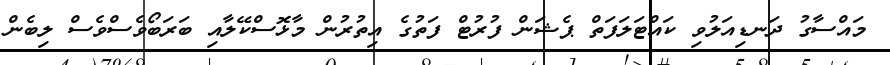
މައްސާގު ދަނޑިއަލުވި ކައްޓަލަފަތް ޕެޝަން ފުރުޓް ފަތުގެ އިތުރުން މާޅޮސްކޭލާއި ބަރަބޯވެސްވެސް ލިބެން